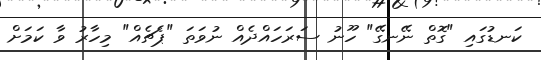
ކަނޑުގައި "ގޮތް ނޭނގޭ" ހޫނު ސަރަހައްދެއް ނުވަތަ "ޕެޗެއް" މިހާރު ވާ ކަމަަށް